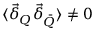
\langle \vec { \delta } _ { Q } \vec { \delta } _ { \bar { Q } } \rangle \neq 0